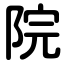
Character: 院